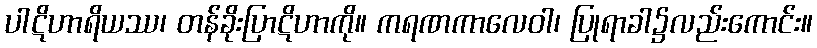
ပါဋိဟာရိယဿ၊ တန်ခိုးပြာဋိဟာကို။ ကရဏကာလေဝါ၊ ပြုရာခါ၌လည်းကောင်း။